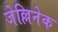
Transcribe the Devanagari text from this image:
जेल्लिनेक